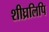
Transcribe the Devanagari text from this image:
शीघ्रलिपि